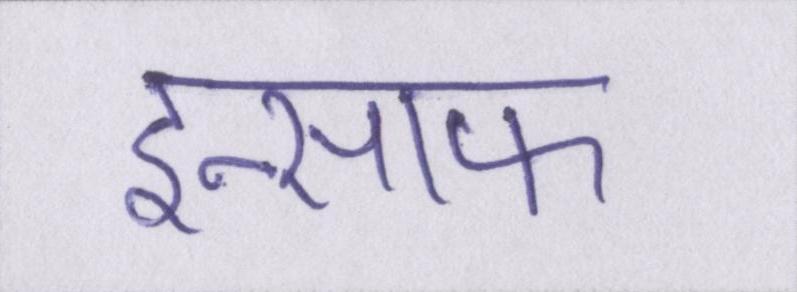
इन्साफ